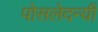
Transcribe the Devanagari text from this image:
पोसलेदन्यी